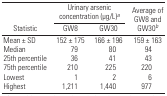
| <ROWSPAN=2> Statistic | <COLSPAN=2> Urinary arsenic concentration (μg/L)a | <ROWSPAN=2> Average of GW8 and GW30b |
 | GW8 | GW30 |
 | --- | --- | --- | --- |
 | Mean ± SD | 152 ± 175 | 166 ± 196 | 159 ± 163 |
 | Median | 79 | 80 | 94 |
 | 25th percentile | 36 | 41 | 43 |
 | 75th percentile | 210 | 225 | 220 |
 | Lowest | 1 | 2 | 6 |
 | Highest | 1,211 | 1,440 | 977 |